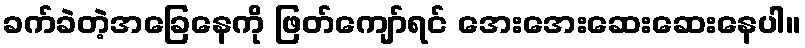
ခက်ခဲတဲ့အခြေနေကို ဖြတ်ကျော်ရင် အေးအေးဆေးဆေးနေပါ။